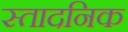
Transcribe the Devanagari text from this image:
स्तादनिक